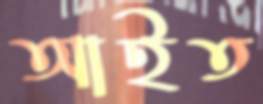
আইত